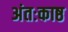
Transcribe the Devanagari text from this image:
अंतःकाष्ठ